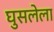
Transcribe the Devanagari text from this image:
घुसलेला